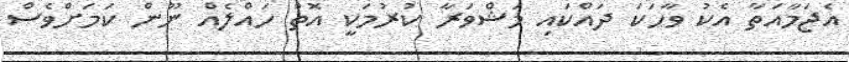
އެޖަމާއަތާ އެކު ވާހަކަ ދައްކައި މަޝްވަރާ ކުރުމަކީ އޮތް ހައްލެއް ނޫން ކަމަށްވެސް